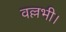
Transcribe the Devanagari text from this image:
वल्लभी।